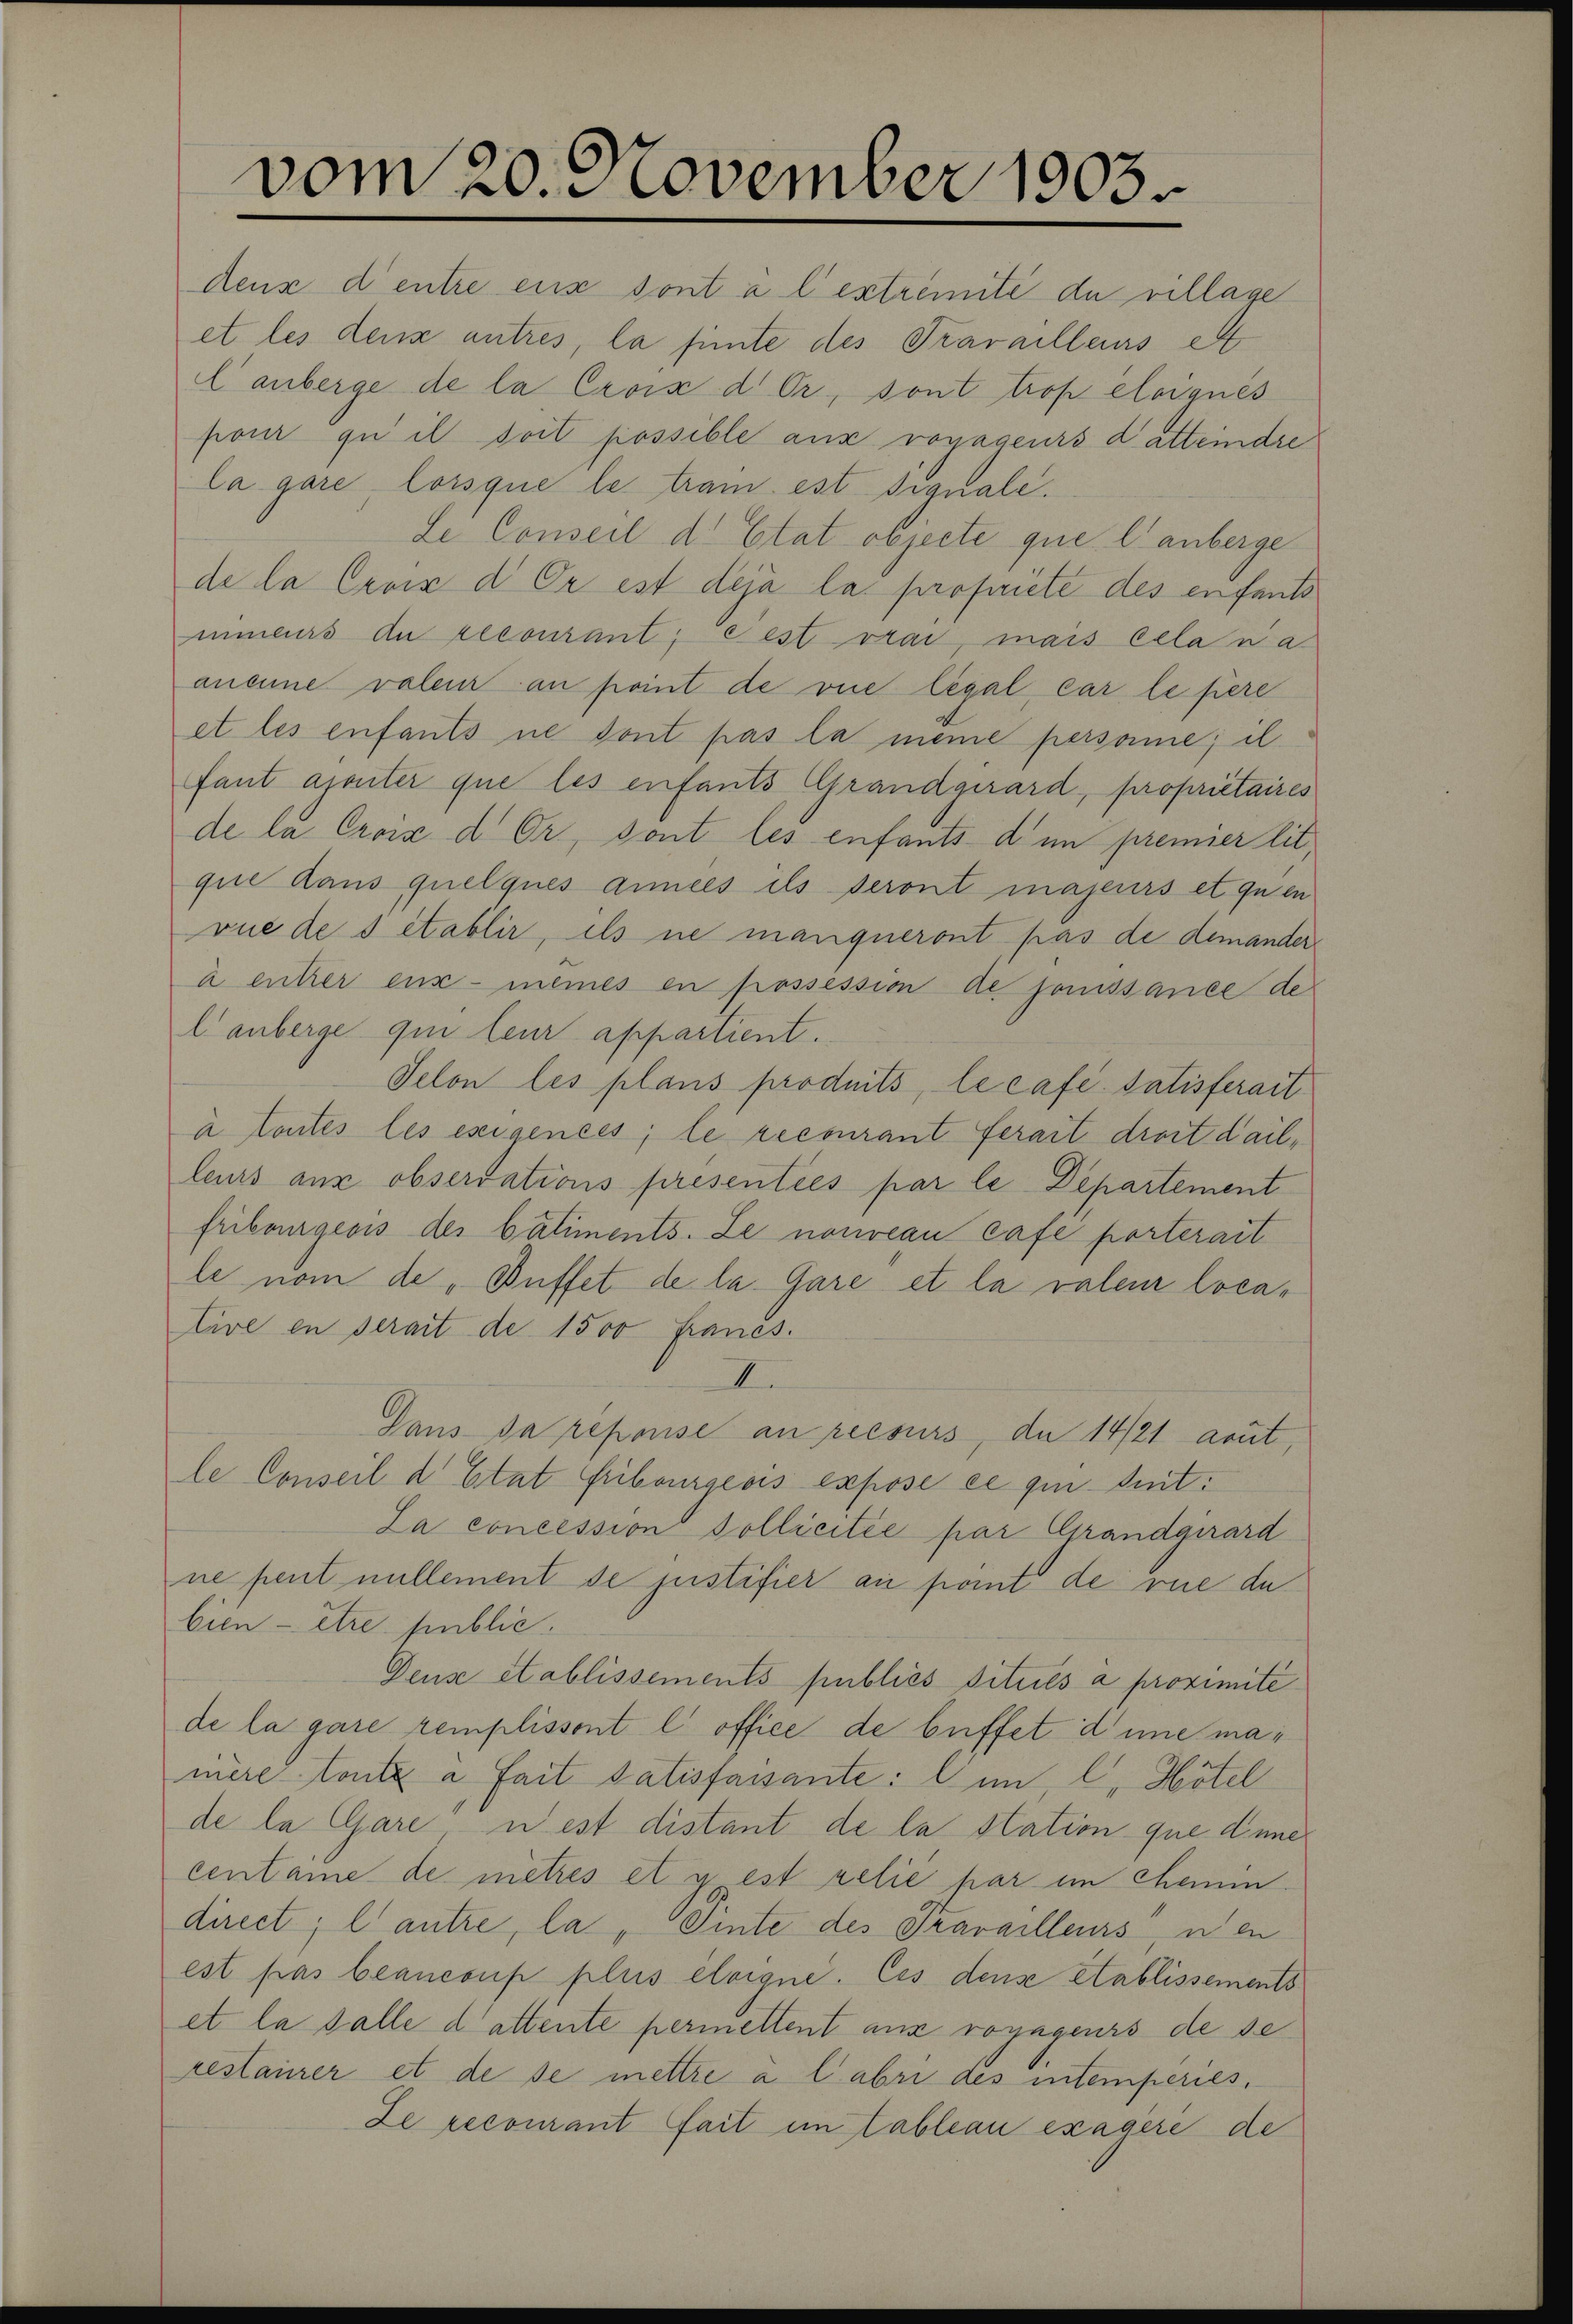
vom 20. November 1903.

dens d’entre eux sont à l’extremité du village
et les denz antres, la finte des Travailleurs et
l anberge de la Croix d. Or, sont trop éloignés
pour qui il soit possible aus royageurs d’atteindre
la gare, lorsque le tram est scanale.
Le Conseil d. Etat objecte quel anberge
de la Crois d. Er ist déjà la propriete des enfants
mnieurs du recourant, est vrai, mais cela na
aneine valen an point de vie legal car le fiere
et les enfants ne dont pas la meine persone; il
fant ajouter que les enfants Grandgerard, proprietaires
de la Croix d Or, sont les enfants d im premier lit
que dans quelques années ils seront majeurs et quen
vue des établir, ils ne manqueront pas de demander
u entrer enz- meines en possession de jouissance de
l anberge qui leur appartient.
Selon les plans produits, le cafe. Satisferait
à toutes les eseigences; le recourant serait droit dailleurs aux observations presenties par le Departement
fribourgeois des bâtiments. Le nouveau rafe porterait
le nom de „Buffet de la Gare et la valeur locative en serait de 1500 Francs.
I.
Dans da reponse an recours, da 14/21 aeut,
le Conseil d’Etat Fribourgeois exposé ce qui seit¬
La concession Pollicitée par Grandgirard
ne peut nullement de justifier au point de rue de
bien - être public.
Deuse etablissements publics situés a proximite
de la gare remplissont l office de beffet d’une manière toute à fait Satisfaisante: ein, C. Hötel
de la Gare, west distant de la station que dinne
centane de metrés et y est relié par im Chamm
direct, l’autre, la, Pinte des Travailleurs, nen
est pas beancoup plus éloigne. Ces dense Stablissements
et la falle d attente permellent ans royageurs de se
restaurer et de se mettre a labri des intemperies.
Le recourant fait im Tableau exagere de